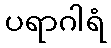
ပရာဂါရံ